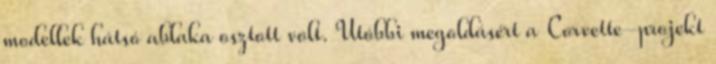
modellek hátsó ablaka osztott volt. Utóbbi megoldásért a Corvette-projekt